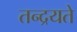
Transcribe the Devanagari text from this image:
तन्द्रयते